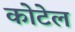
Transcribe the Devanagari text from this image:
कोटेल